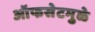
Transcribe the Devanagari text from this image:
ऑफसेटमुळे